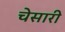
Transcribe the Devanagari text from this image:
चेसारी